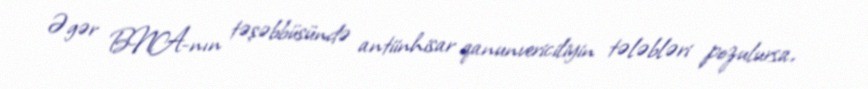
Əgər BNA-nın təşəbbüsündə antiinhisar qanunvericiliyin tələbləri pozulursa,